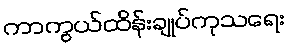
ကာကွယ်ထိန်းချုပ်ကုသရေး